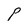
Character: P